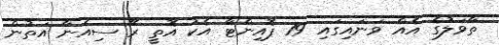
ތާވަލުގެ އެއް ވަނައިގައި 19 ޕޮއިންޓާ އެކު އޮތީ ރޭ ސިއެނާ އަތުން